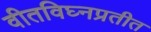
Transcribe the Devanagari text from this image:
वीतविघ्नप्रतीत